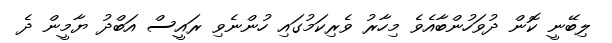
ލިބޭނީ ކޮން ދުވަހުންބާއެވެ މިހާރު ވެރިކަމުގައި ހުންނެވި ރައީސް އަބްދު ޔާމީން ދެ